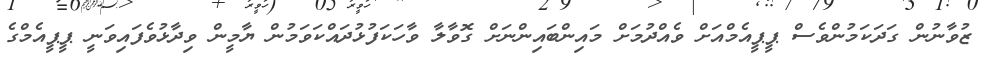
ޒުވާނުން ގަދަކަމުންވެސް ޕީޕީއެމްއަށް ވެއްދުމަށް މައިންބައިންނަށް ގޮވާލާ ވާހަކަފުޅުދައްކަވަމުން ޔާމީން ވިދާޅުވެފައިވަނީ ޕީޕީއެމްގެ